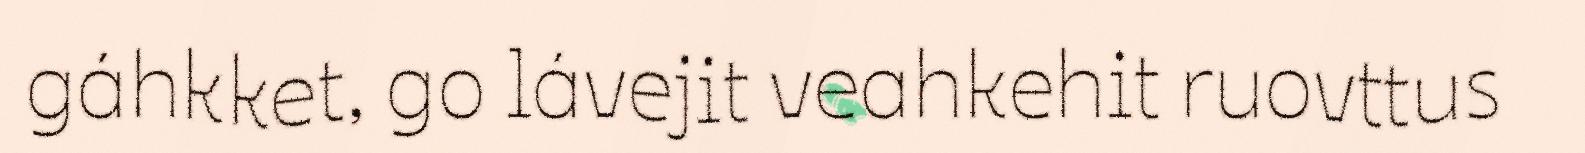
gáhkket, go lávejit veahkehit ruovttus